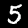
Digit: 5